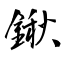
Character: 鍬